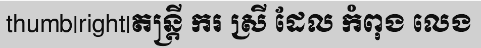
thumb|right|តន្ត្រី ករ ស្រី ដែល កំពុង លេង